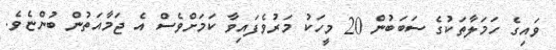
ވައިގެ ހަމަލާތަކުގެ ސަބަބުން 20 މީހަކު މަރުވެފައިވާ ކަމަށްވެސް އެ ޖަމާއަތުން ބުންޏެވެ.